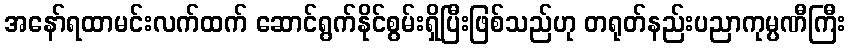
အနော်ရထာမင်းလက်ထက် ဆောင်ရွက်နိုင်စွမ်းရှိပြီးဖြစ်သည်ဟု တရုတ်နည်းပညာကုမ္ပဏီကြီး